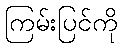
ကြမ်းပြင်ကို